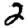
Digit: 2